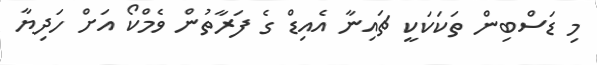
މި ޑަސްބިން ތަކަކަކީ ޗައިނާ އެއިޑް ގެ ފަރާތުން ވެމްކޯ އަށް ހަދިޔާ